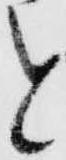
と